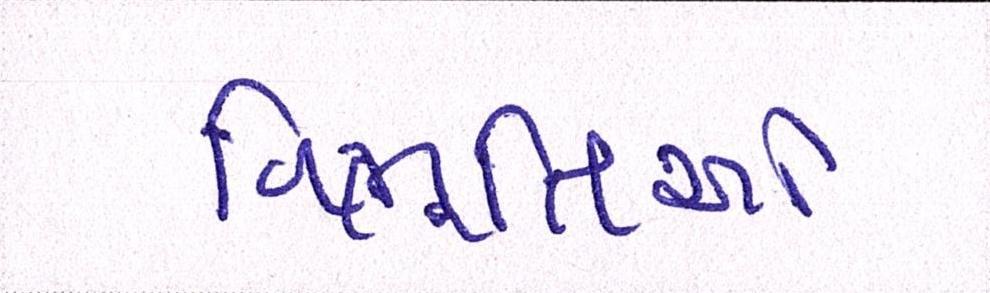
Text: વિભૂતિઓ